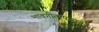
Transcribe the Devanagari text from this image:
भावगीतापासून